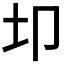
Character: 𫭘